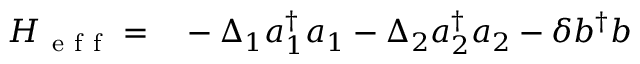
\begin{array} { r l } { H _ { \mathrm { ~ e ~ f ~ f ~ } } = } & { { } - \Delta _ { 1 } a _ { 1 } ^ { \dagger } a _ { 1 } - \Delta _ { 2 } a _ { 2 } ^ { \dagger } a _ { 2 } - \delta b ^ { \dagger } b } \end{array}